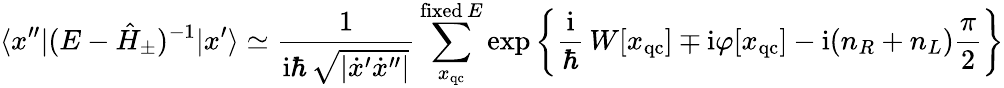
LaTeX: \langle x^{\prime\prime}|(E-\hat{H}_{\pm})^{-1}|x^{\prime}\rangle\simeq\frac{1}{\mathrm{i}\hbar\, \sqrt{|\dot{x}^{\prime}\dot{x}^{\prime\prime}|}}\sum_{x_{\mathrm{qc}}}^{\mathrm{fixed}\, E}\exp\left\{ \frac{\mathrm{i}}{\hbar}\, W[x_{\mathrm{qc}}]\mp\mathrm{i}\varphi[x_{\mathrm{qc}}]-\mathrm{i}(n_{R}+n_{L})\frac{\pi}{2}\right\}